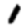
Digit: 1